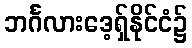
ဘင်္ဂလားဒေ့ရှ်နိုင်ငံ၌